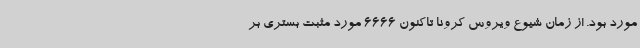
مورد بود. از زمان شیوع ویروس کرونا تاکنون 6666 مورد مثبت بستری بر